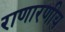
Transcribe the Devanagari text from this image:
राणारणीय